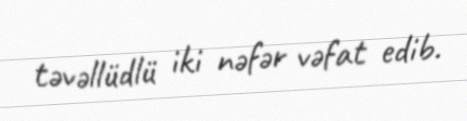
təvəllüdlü iki nəfər vəfat edib.